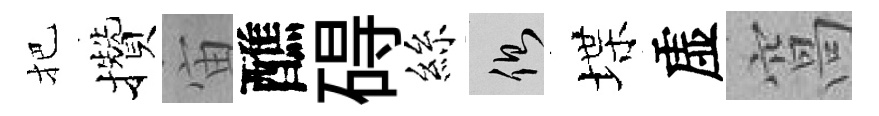
把攢宙醮碍絲側堞虚窩